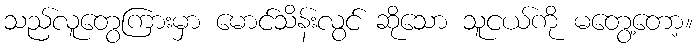
သည်လူတွေကြားမှာ မောင်သိန်းလွင် ဆိုသော သူငယ်ကို မတွေ့တော့။